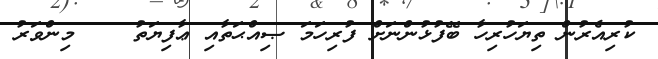
ކުރިއެރުން ތިޔަހުރިހާ ބޭފުޅުންނަށް ފުރިހަމަ ޞިއްޙަތާއި ޢާފިޔަތު    މިންވަރު